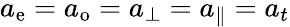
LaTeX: a_{\mathrm{e}}=a_{\mathrm{o}}=a_{\perp}=a_{\parallel}=a_{t}